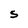
Character: S